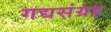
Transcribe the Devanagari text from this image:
गद्यसंग्रह